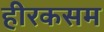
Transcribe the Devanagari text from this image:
हीरकसम